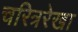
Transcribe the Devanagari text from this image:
चरित्ररेखा